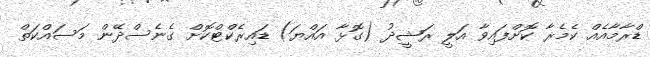
ޑްރާމާއެއް ކެމެރާ ކޮށްފައިވާ އަލީ ރަޝީދު (ގޮޅާ އައްޔަ) ޑައިރެކްޓްކޮށް ގެނެސްދޭން މަސައްކަތް